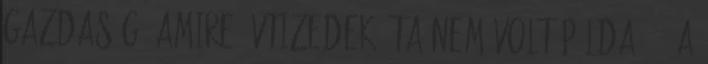
gazdaság, amire évtizedek óta nem volt példa 396 A